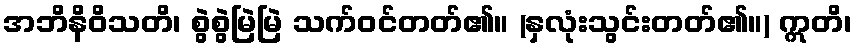
အဘိနိဝိသတိ၊ စွဲစွဲမြဲမြဲ သက်ဝင်တတ်၏။ (နှလုံးသွင်းတတ်၏။) ဣတိ၊